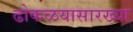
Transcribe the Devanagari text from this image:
ढोकळयासारख्या